Investigations into the jail dietaries of the United Provinces with some observations on the influence of dietary on the physical development and well-being of the people of the United Provinces - Number 48
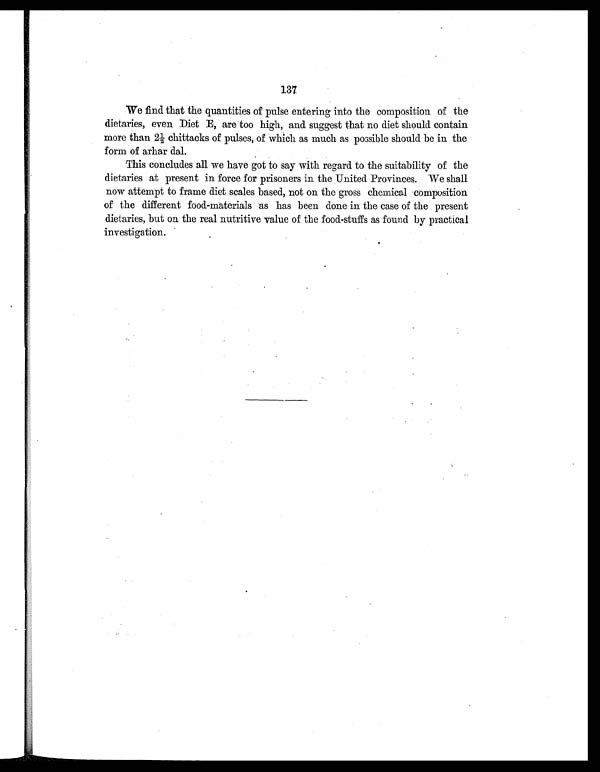
137
We find that the quantities of pulse entering into the composition of the
dietaries, even Diet E, are too high, and suggest that no diet should contain
more than 2½ chittacks of pulses, of which as much as possible should be in the
form of arhar dal.
This concludes all we have got to say with regard to the suitability of the
dietaries at present in force for prisoners in the United Provinces. We shall
now attempt to frame diet scales based, not on the gross chemical composition
of the different food-materials as has been done in the case of the present
dietaries, but on the real nutritive value of the food-stuffs as found by practical
investigation.